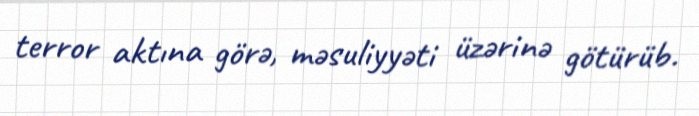
terror aktına görə, məsuliyyəti üzərinə götürüb.